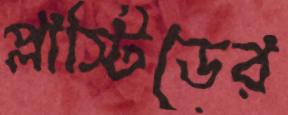
প্লাস্টিডের